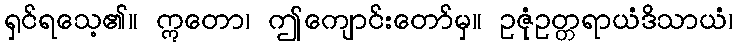
ရှင်ရသေ့၏။ ဣတော၊ ဤကျောင်းတော်မှ။ ဥဇုံဥတ္တရာယံဒိသာယံ၊